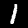
Digit: 1